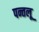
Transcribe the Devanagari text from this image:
पन्तलू